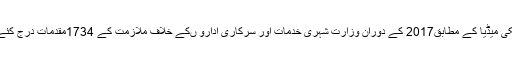
غیر ملکی میڈیا کے مطابق2017 کے دوران وزارت شہری خدمات اور سرکاری ادارو ںکے خلاف ملازمت کے 1734مقدمات درج کئے گئے۔